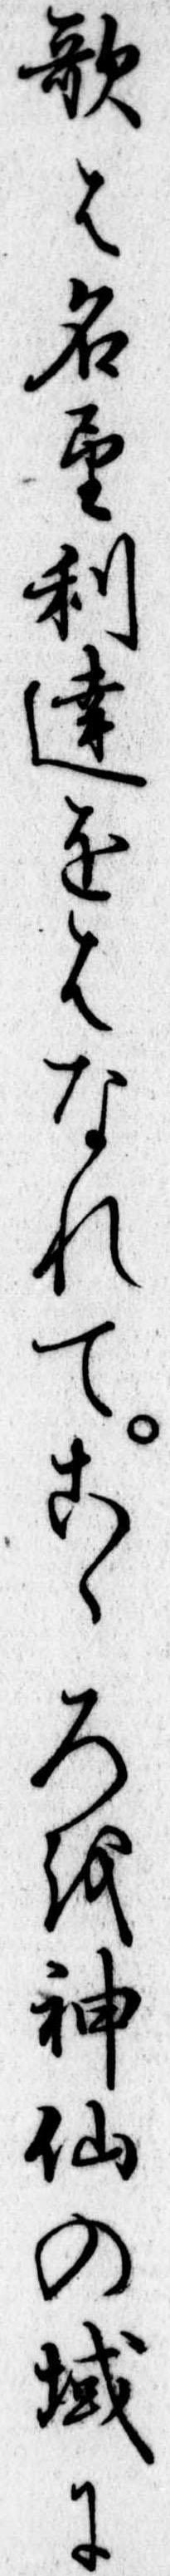
歌は名望利達をはなれてこゝろを神仙の域に